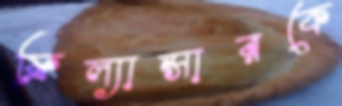
ফ্রিল্যান্সারকে